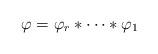
LaTeX: \begin{align*} \varphi = \varphi_r \ast \cdots \ast \varphi_1\end{align*}